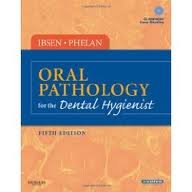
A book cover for Oral Pathology for the Dental Hygienist (ORAL PATHOLOGY FOR THE DENTAL HYGIENIST (IBSEN)) 5th (fifth) edition; Olga A. C. Ibsen RDH MS; Medical Books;